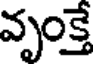
వృంక్తే